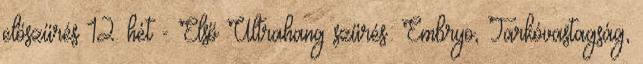
előszűrés 12. hét - Első Ultrahang szűrés: Embryo, Tarkóvastagság,